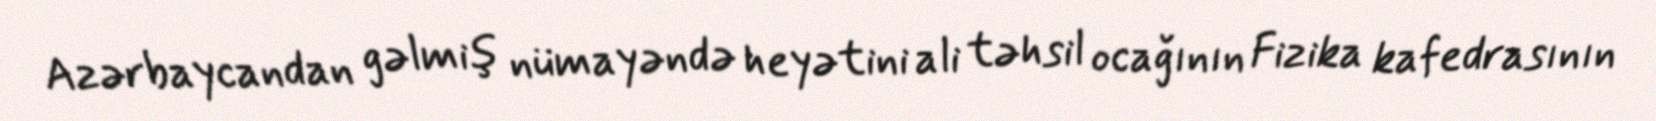
Azərbaycandan gəlmiş nümayəndə heyətini ali təhsil ocağının Fizika kafedrasının